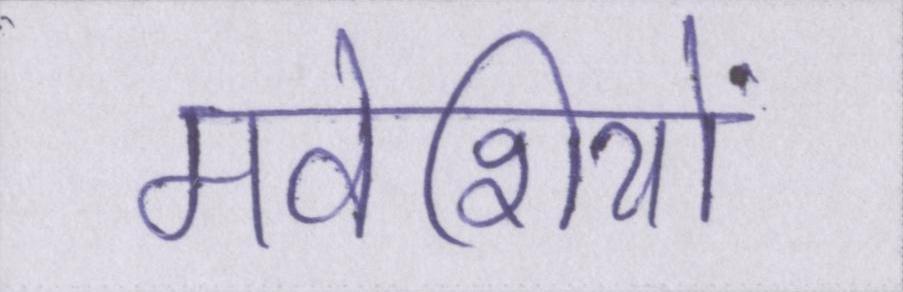
मवेशियों